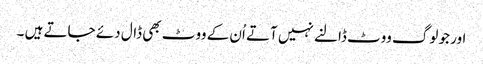
اور جو لوگ ووٹ ڈالنے نہیں آتے اُن کے ووٹ بھی ڈال دئے جاتے ہیں ۔